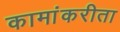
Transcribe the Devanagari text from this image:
कामांकरीता